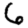
Digit: 6